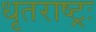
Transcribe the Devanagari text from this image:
धृतराष्ट्रः